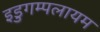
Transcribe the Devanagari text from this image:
इडुगम्पलायम